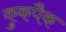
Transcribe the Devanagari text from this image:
कुकपैक